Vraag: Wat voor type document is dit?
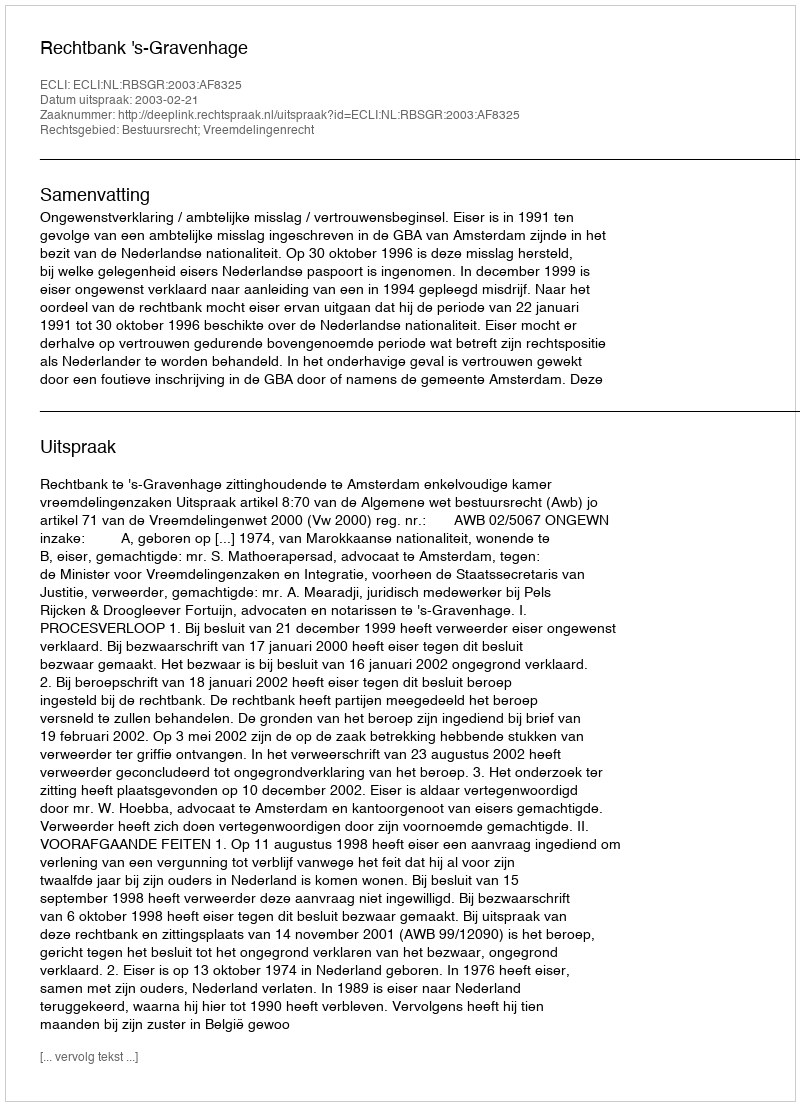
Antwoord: Uitspraak